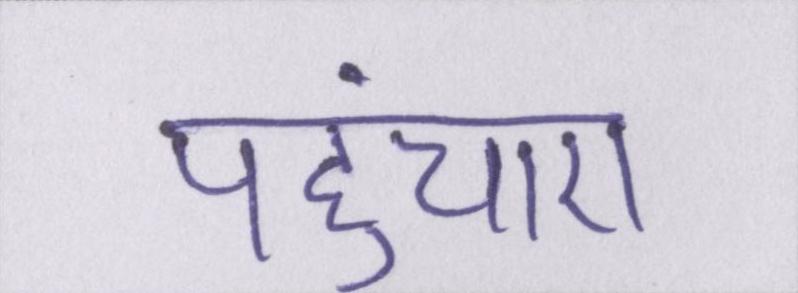
पहुंचाए